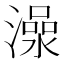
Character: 𱩍